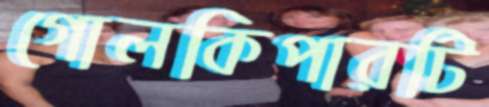
গোলকিপারটি